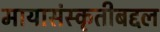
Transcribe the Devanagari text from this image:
मायासंस्कृतीबद्दल